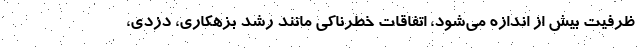
ظرفیت بیش از اندازه می‌شود، اتفاقات خطرناکی مانند رشد بزهکاری، دزدی،